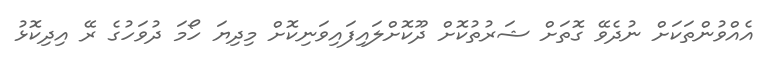
އެއްވުންތަކަށް ނުދެވޭ ގޮތަށް ޝަރުތުކޮށް ދޫކޮށްލައިފައިވަނިކޮށް މިދިޔަ ހޯމަ ދުވަހުގެ ރޭ އިދިކޮޅު